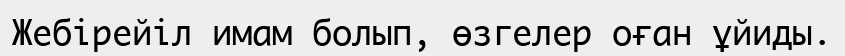
Жебірейіл имам болып, өзгелер оған ұйиды.